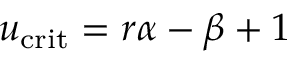
u _ { \mathrm { c r i t } } = r \alpha - \beta + 1